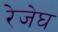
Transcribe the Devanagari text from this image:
रेजेघ